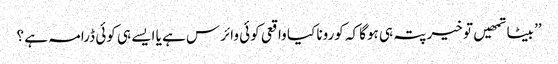
’’ بیٹا تمھیں تو خیر پتہ ہی ہوگا کہ کورونا کیا واقعی کوئی وائرس ہے یا ایسے ہی کوئی ڈرامہ ہے ؟